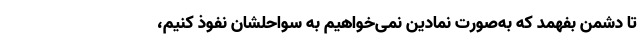
تا دشمن بفهمد که به‌صورت نمادین نمی‌خواهیم به سواحلشان نفوذ کنیم،